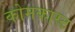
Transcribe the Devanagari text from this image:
कोमकास्ट